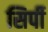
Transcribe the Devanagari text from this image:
सिर्पी